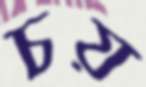
চয়